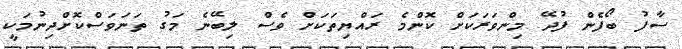
ސާފު ބޯފެން ފުދޭ މިންވަރަކަށް ކޮންމެ ރައްޔިތަކަށް ވެސް ލިބޭނެ މަގު ތަނަވަސްކޮށްދިނުމަކީ